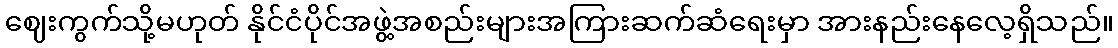
ဈေးကွက်သို့မဟုတ် နိုင်ငံပိုင်အဖွဲ့အစည်းများအကြားဆက်ဆံရေးမှာ အားနည်းနေလေ့ရှိသည်။